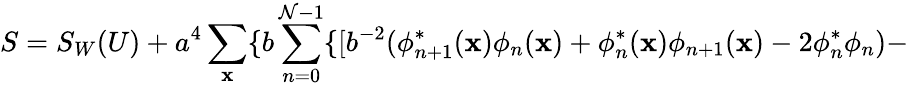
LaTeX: S=S_{W}(U)+a^{4}\sum_{\mathbf{x}}\{ b\sum_{n=0}^{\mathcal{N}-1}\{ [b^{-2}(\phi_{n+1}^{*}(\mathbf{x})\phi_{n}(\mathbf{x})+\phi_{n}^{*}(\mathbf{x})\phi_{n+1}(\mathbf{x})-2\phi_{n}^{*}\phi_{n})-